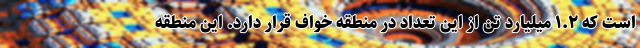
است که ۱.۲ میلیارد تن از این تعداد در منطقه خواف قرار دارد. این منطقه